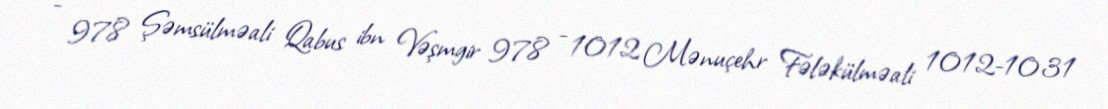
- 978 Şəmsülməali Qabus ibn Vəşmgir 978 - 1012 Mənuçehr Fələkülməali 1012-1031